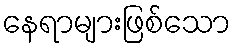
နေရာများဖြစ်သော